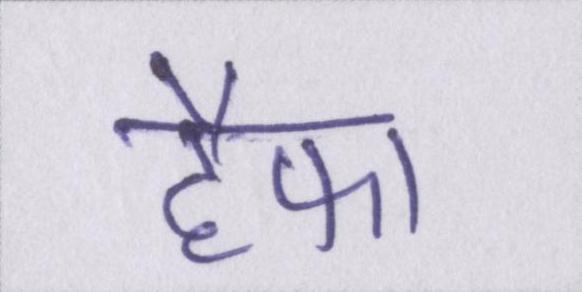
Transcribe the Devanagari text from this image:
हैफा